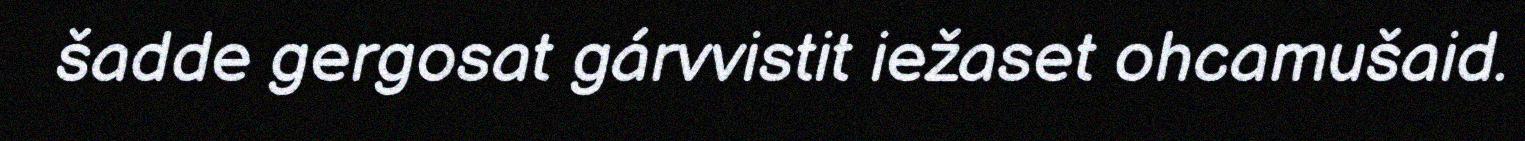
šadde gergosat gárvvistit iežaset ohcamušaid.